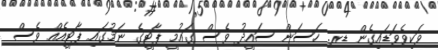
ވަކިވެވަޑައިގެން ޑރ. ހަސަން ސައީދު ވެސް ގައުމީ ޕާޓީގެ ނަމުގައި ޕާޓީއެއް ވެސް